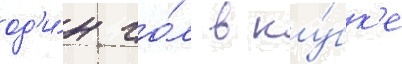
од'и́н го́л в ку́бк'е